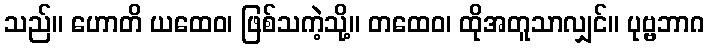
သည်။ ဟောတိ ယထေဝ၊ ဖြစ်သကဲ့သို့။ တထေဝ၊ ထိုအတူသာလျှင်။ ပုဗ္ဗဘာဂ